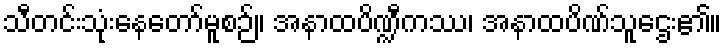
သီတင်းသုံးနေတော်မူစဉ်။ အနာထပိဏ္ဍီကဿ၊ အနာထပိဏ်သူဌေး၏။